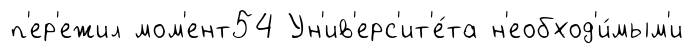
п'ер'ежил мом'ент54 Ун'ив'ерс'ит'е́та н'еобход'и́мым'и